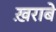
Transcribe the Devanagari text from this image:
ख़राबे